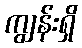
ကျွန်းရှိ